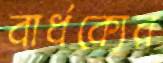
বার্ধক্যের